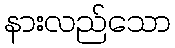
နားလည်သော